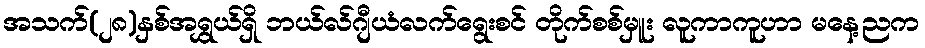
အသက်(၂၈)နှစ်အရွှယ်ရှိ ဘယ်လ်ဂျီယံလက်ရွေးစင် တိုက်စစ်မှူး လူကာကူဟာ မနေ့ညက